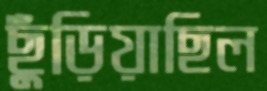
ছুঁড়িয়াছিল